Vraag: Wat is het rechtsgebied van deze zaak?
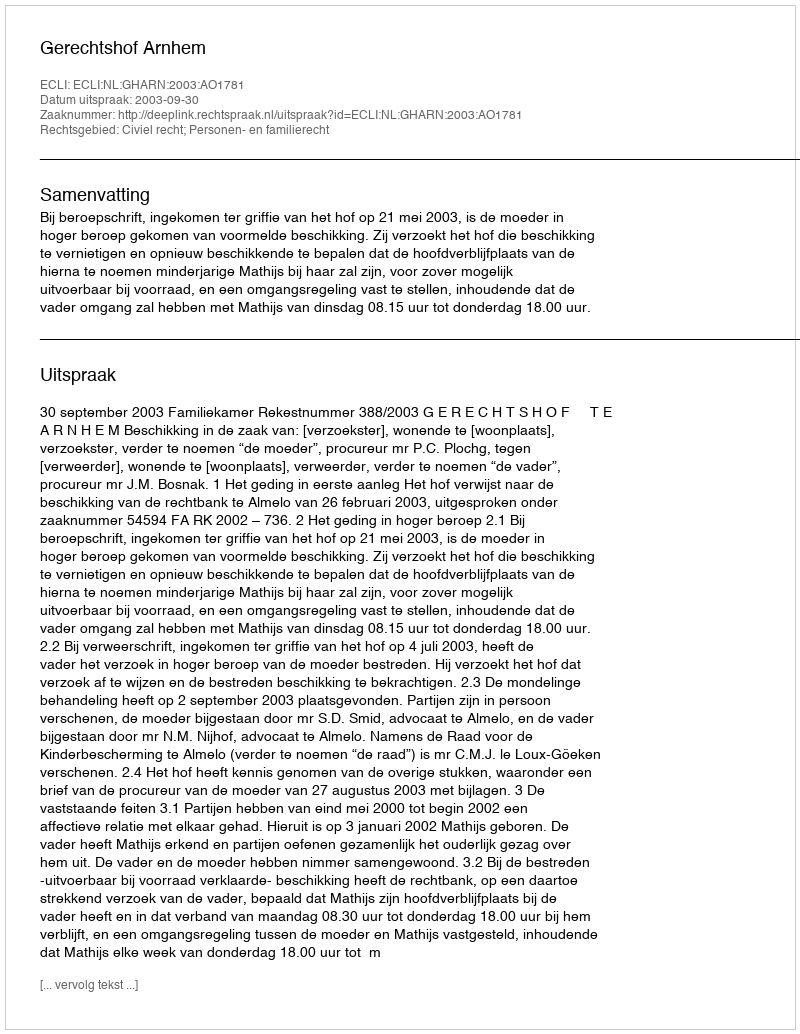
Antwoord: Civiel recht; Personen- en familierecht